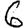
Digit: 6